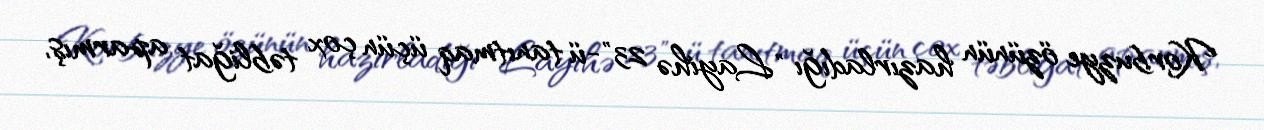
Korbuzye özünün hazırladığı "Layihə 23"-ü tanıtmaq üçün çox təbliğat aparmış,